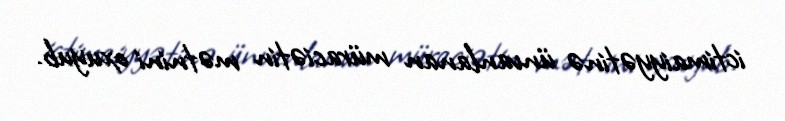
ictimaiyyətinə ünvanlanan müraciətin mətnini oxuyub.